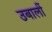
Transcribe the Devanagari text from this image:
उबालीं